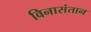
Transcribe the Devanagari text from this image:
विनासंतान